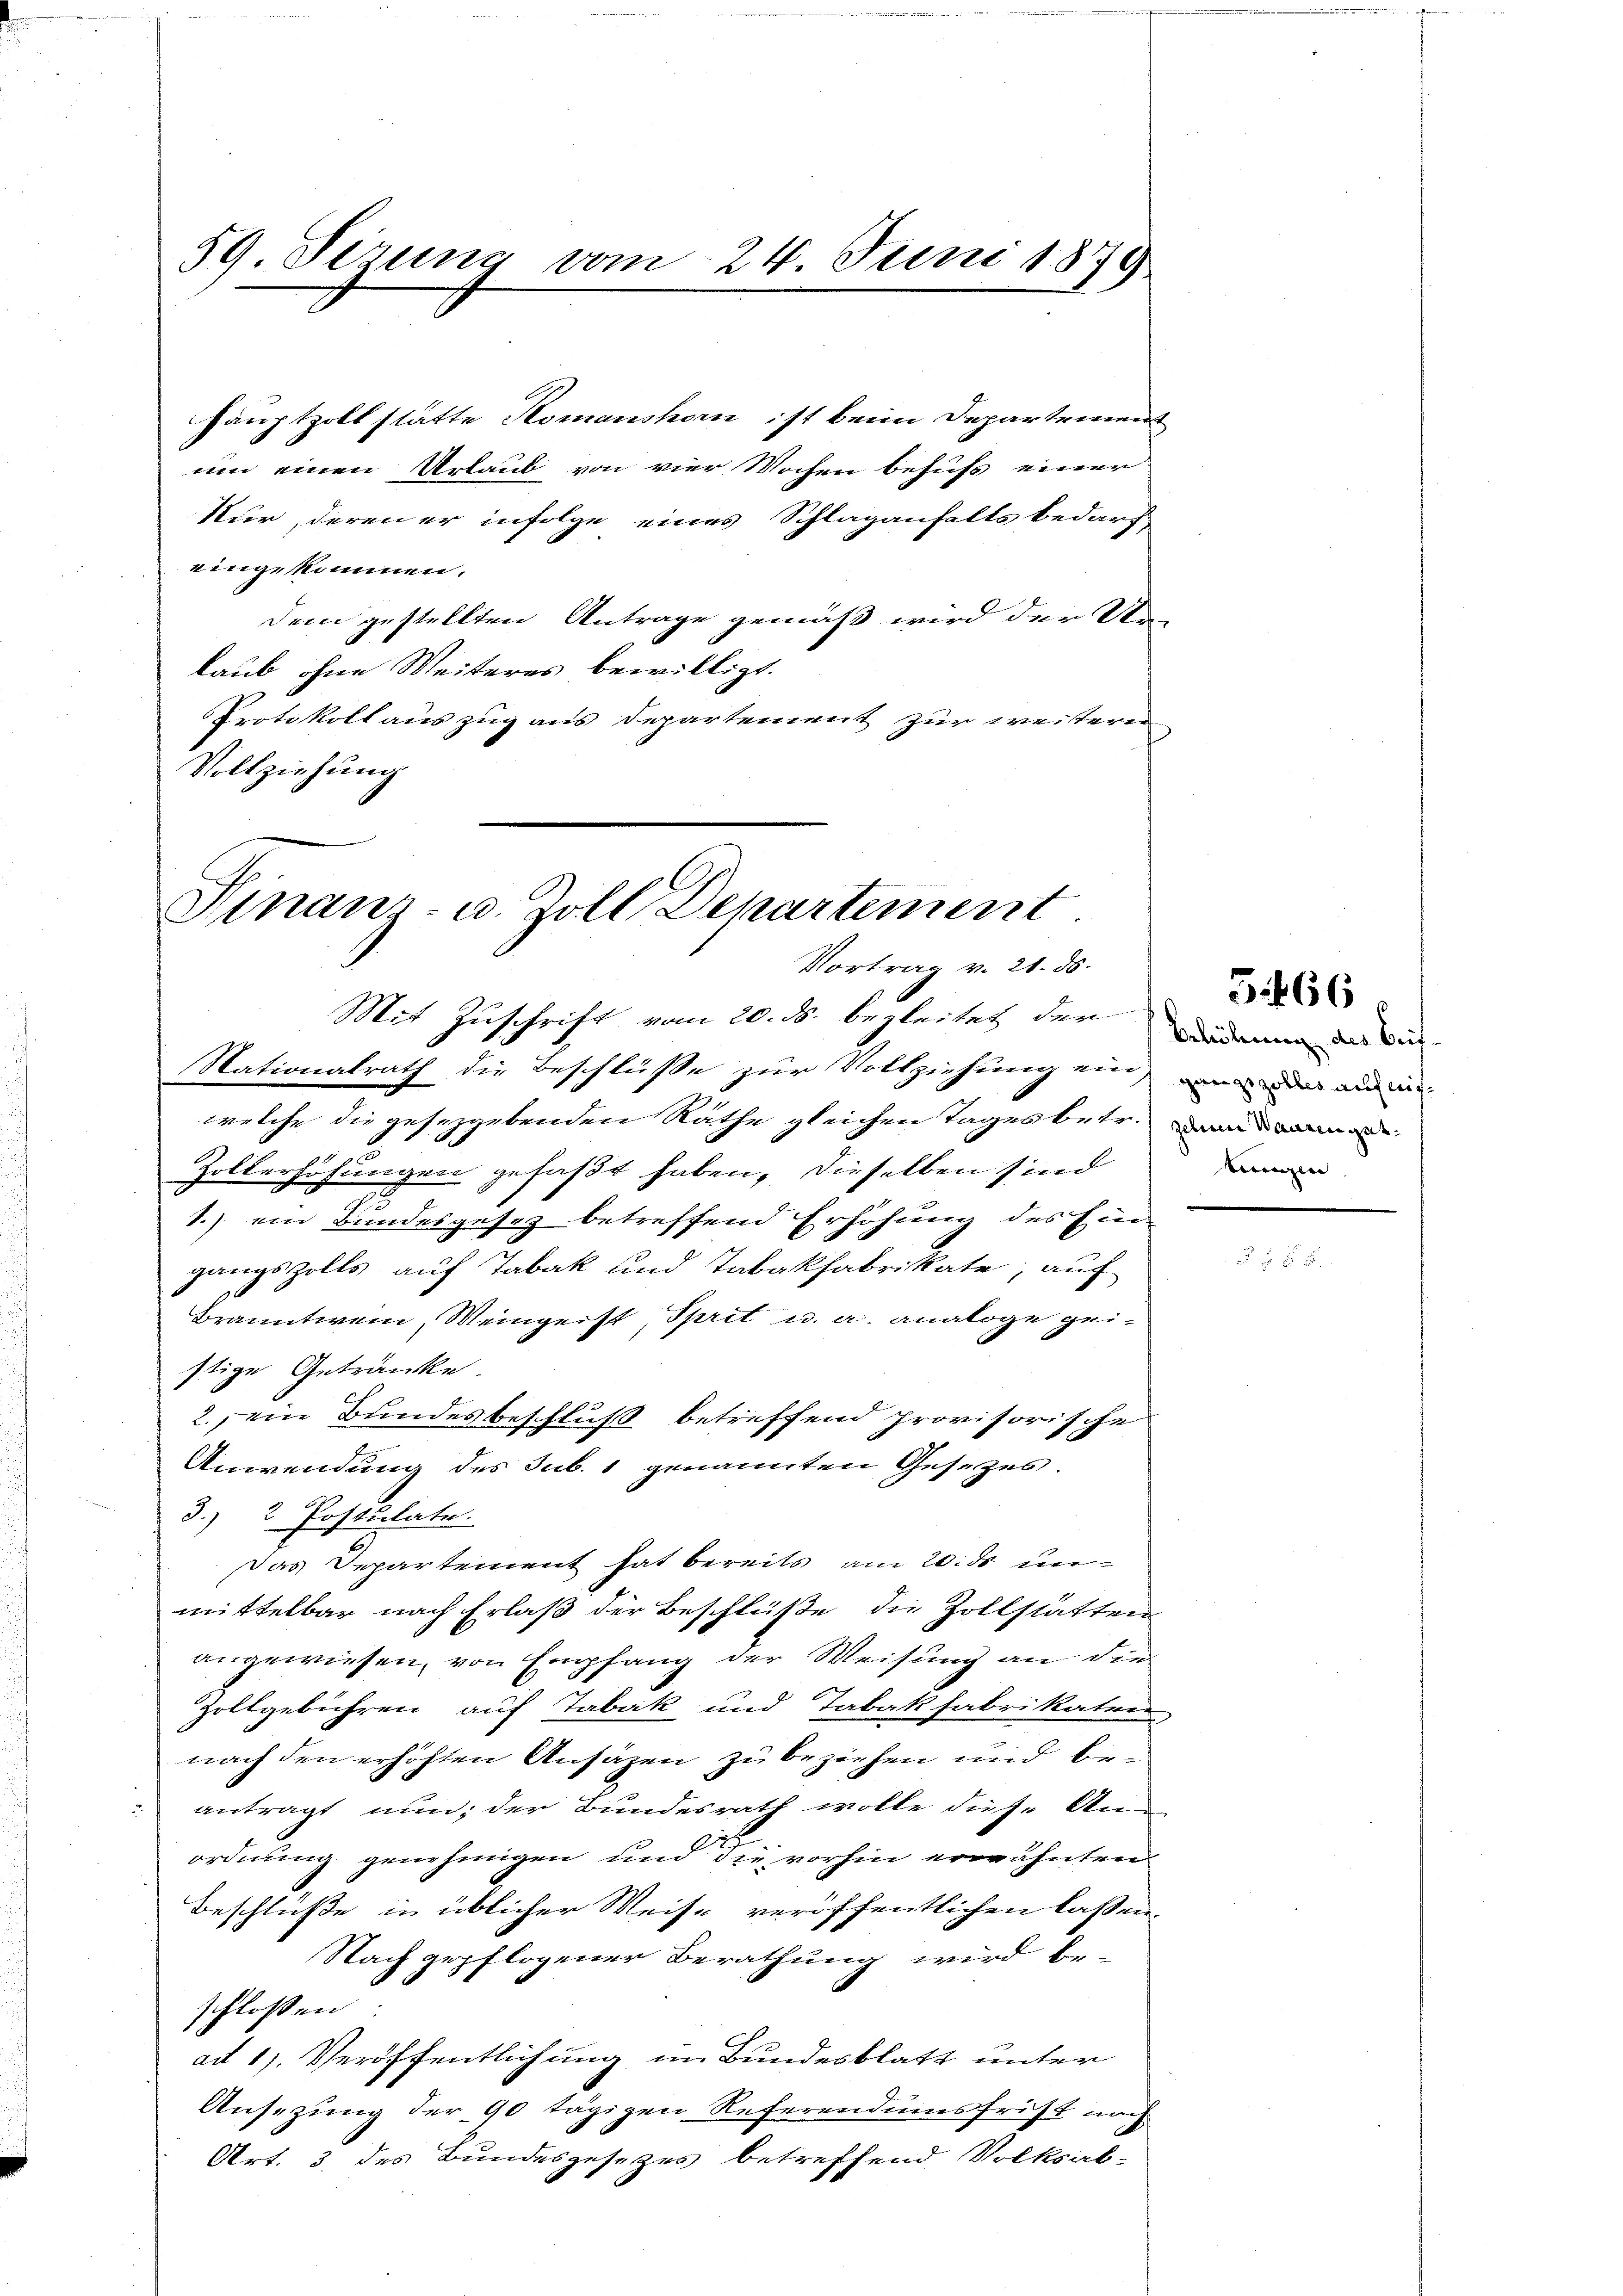
59 Sirung vom 24. Juni 1879

Vinanz- u. Zoll Departement
Vortrag v. 21. ds.
Mit Zuschrift vom 20. ds. begleitet der Bedenen der die

Nationalrath die Beschlüsse zur Vollziehung ein der und in
welche die gesetzgebenden Räthe gleichen Tages betr. an
Zollerhöhungen gefaßt haben, dieselben sind
1.) ein Bundesgesez betreffend Erhöhung des Ein
gangszolls auf Tabak und Tabakfabrikate, auf
Branntwein, Weingeist, Sprit u. a. analoge geistige Getränke.
2. ein Bundesbeschluß betreffend provisorische
Anwendung des sub. 1 genannten Gesetzes.
3.) 2 Postulate.
Das Departement hat bereits am 20. ds unmittelbar nach Erlaß der Beschlüße die Zollstätten
angewiesen, von Empfang der Weisung an die
Zollgebühren auf Tabak und Tabakfabrikatur
nach den erhöhten Ansäzen zu beziehen und beantragt nun, der Bundesrath wolle diese An-
ordnung genehmigen und die vorhin erwähnten
Beschluße in üblicher Weise veröffentlichen lassen
Nach gepflogener Berathung wird beschloßen
ad 1. Veröffentlichung im Bundesblatt unter
Ansezung der 90 tägigen Referendumsfrist nach
Art. 3. des Bundesgesetzes betreffend Volksab-

Hauptzoll statte Romanshorn ist beim Departement
um einen Urlaub von vier Wochen behufs einer
Nur, deren er infolge eines Schlaganfalls bedarf
eingekommen.
dem gestellten Antrage gemäß wird der Un-
laub ohne Weiteres bewilligt.
Protokoll auszug aus Departement zur weitern
Vollziehung

3466 f

tingen |